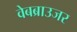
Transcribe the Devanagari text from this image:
वेबब्राउजर